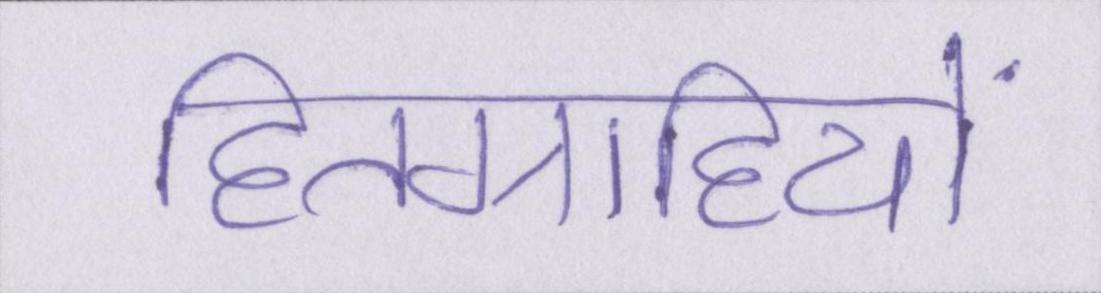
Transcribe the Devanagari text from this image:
हितग्राहियों